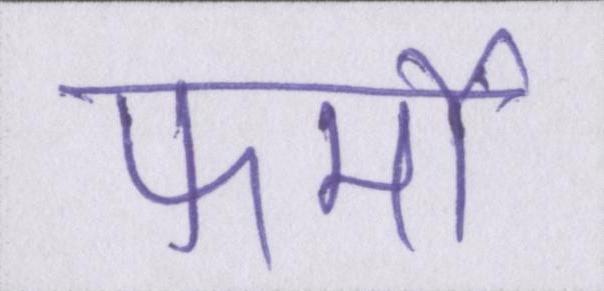
फर्मों